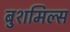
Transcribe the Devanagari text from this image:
बुशमिल्स